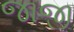
જાજી